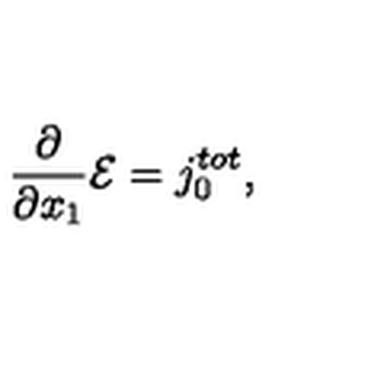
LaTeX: \frac { \partial } { { \partial } x _ { 1 } } { \cal E } = j _ { 0 } ^ { t o t } ,